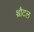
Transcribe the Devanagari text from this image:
थ्रौटल